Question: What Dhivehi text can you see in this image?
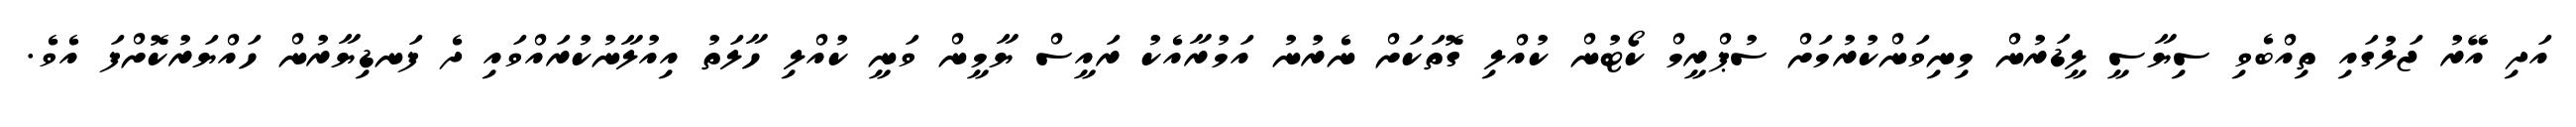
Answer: އަދި އޭރު ޖަލުގައި ތިއްބެވި ސިޔާސީ ލީޑަރުން މިނިވަންކުރުމަށް ސުޕްރީމް ކޯޓުން ކުއްލި ގޮތަކަށް ނެރުނު އަމުރާއެކު ރައީސް ޔާމީން ވަނީ ކުއްލި ހާލަތު އިއުލާނުކުރައްވައި ދެ ފަނޑިޔާރުން ހައްޔަރުކޮށްފަ އެވެ.